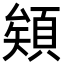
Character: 𩓎